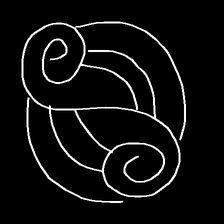
Glyph: wind-underfoot